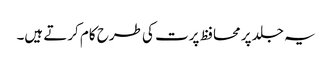
یہ جلد پر محافظ پرت کی طرح کام کرتے ہیں۔